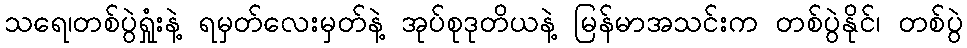
သရေ၊တစ်ပွဲရှုံးနဲ့ ရမှတ်လေးမှတ်နဲ့ အုပ်စုဒုတိယနဲ့ မြန်မာအသင်းက တစ်ပွဲနိုင်၊ တစ်ပွဲ